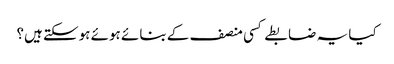
کیا یہ ضابطے کسی منصف کے بنائے ہوئے ہوسکتے ہیں؟